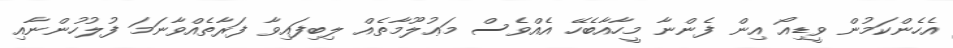
އެހެންކަމުން ވީޑިއޯ އިން ފެންނާ މީހާއާބެހޭ އެއްވެސް މަޢުލޫމާތެއް ލިބިފައިވާ ފަރާތެއްވާނަމަ ފުލުހުންނާއި